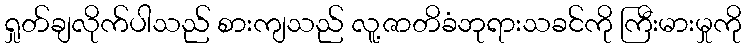
ရှုတ်ချလိုက်ပါသည် စားကျသည် လူ့ဇာတိခံဘုရားသခင်ကို ကြီးမားမှုကို